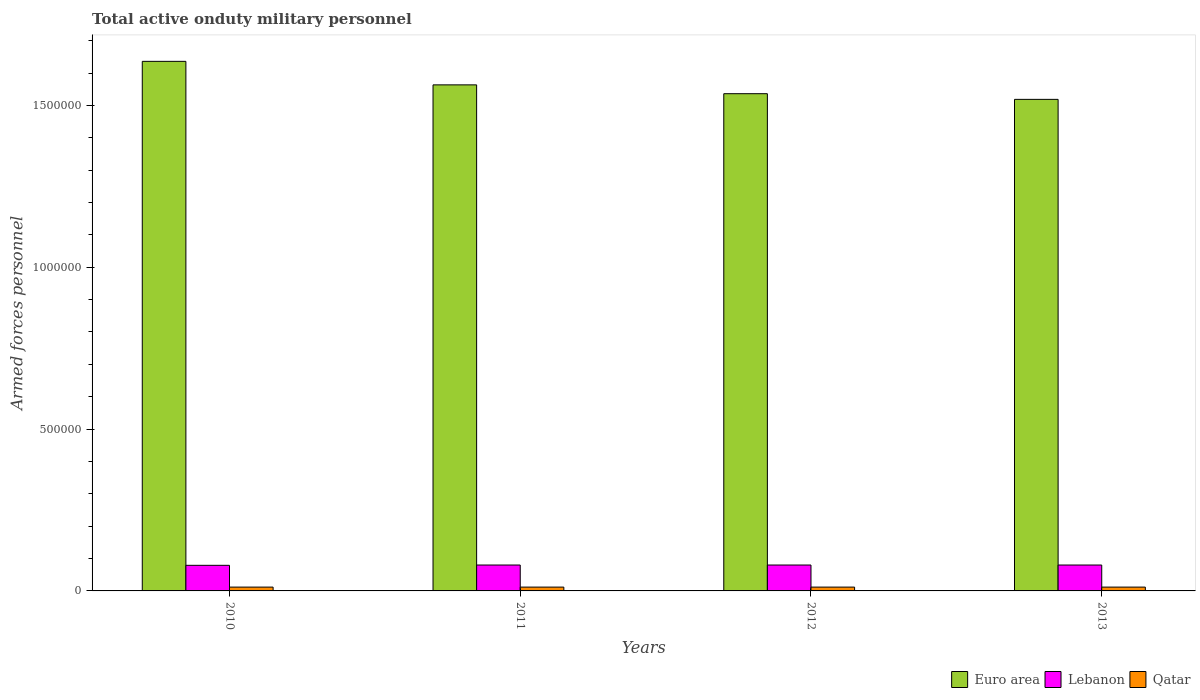
| Years | Euro area | Lebanon | Qatar |
 | --- | --- | --- | --- |
 | 2010 | 1.64e+06 | 7.91e+04 | 1.18e+04 |
 | 2011 | 1.56e+06 | 8e+04 | 1.18e+04 |
 | 2012 | 1.54e+06 | 8e+04 | 1.18e+04 |
 | 2013 | 1.52e+06 | 8e+04 | 1.18e+04 |